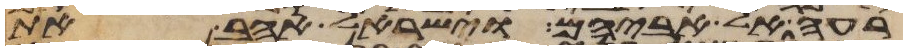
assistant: רעה אל אביהם וישראל אהב את